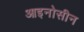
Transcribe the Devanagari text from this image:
आइनोसीन